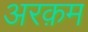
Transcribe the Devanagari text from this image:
अरक़म